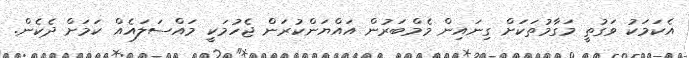
އެކަމަކު ވަގުތީ މަގާމުތަކަށް ގިނައިން މެމްބަރުން އައްޔަންކުރަން ޖެހުމަކީ މައްސަލައެއް ކަމަށް ދެކެން.